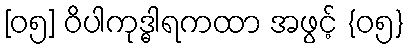
[၀၅] ဝိပါကုဒ္ဓါရကထာ အဖွင့် {၀၅}